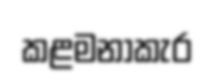
කළමනාකැර